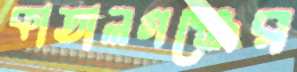
কাতালগঞ্জের